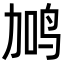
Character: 𬸇